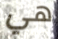
هي